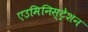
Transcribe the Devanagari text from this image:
एउमिनिस्ट्रेशन